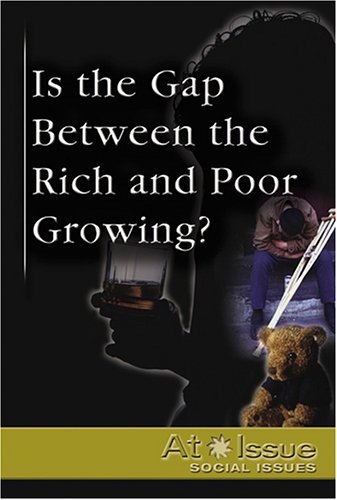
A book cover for Is the Gap Between the Rich and Poor Growing ? (At Issue); Robert Sims; Teen & Young Adult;